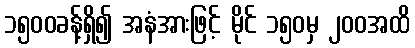
၁၅၀၀ခန့်ရှိ၍ အနံအားဖြင့် မိုင် ၁၅၀မှ ၂၀၀အထိ